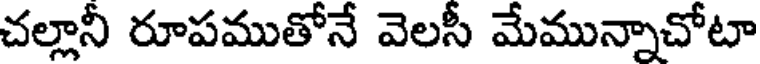
చల్లానీ రూపముతోనే వెలసీ మేమున్నాచోటా